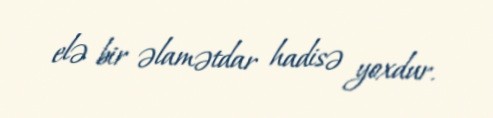
elə bir əlamətdar hadisə yoxdur.